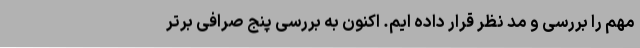
مهم را بررسی و مد نظر قرار داده ایم. اکنون به بررسی پنج صرافی برتر